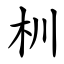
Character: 杊